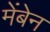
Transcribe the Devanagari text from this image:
मेंबेन